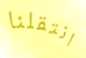
انتقلنا